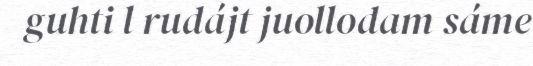
guhti l rudájt juollodam sáme